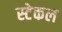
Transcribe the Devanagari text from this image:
स्टेकल